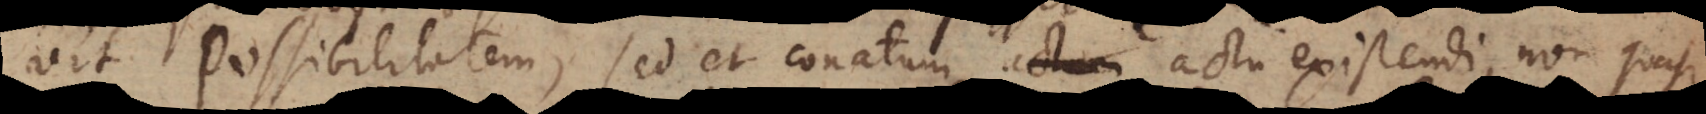
vit Possibilitatem, sed et conatum actu existendi, non quasi